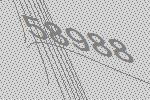
58988